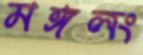
মঙ্গলং